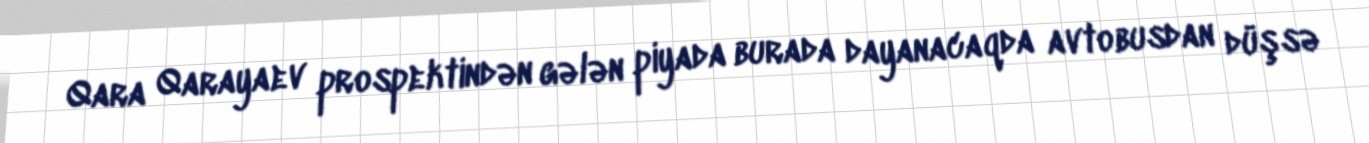
Qara Qarayaev prospektindən gələn piyada burada dayanacaqda avtobusdan düşsə